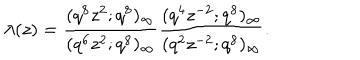
LaTeX: \lambda ( z ) = \frac { ( q ^ { 8 } z ^ { 2 } ; q ^ { 8 } ) _ { \infty } } { ( q ^ { 6 } z ^ { 2 } ; q ^ { 8 } ) _ { \infty } } \frac { ( q ^ { 4 } z ^ { - 2 } ; q ^ { 8 } ) _ { \infty } } { ( q ^ { 2 } z ^ { - 2 } ; q ^ { 8 } ) _ { \infty } } .